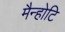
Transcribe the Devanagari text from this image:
मैन्होटि